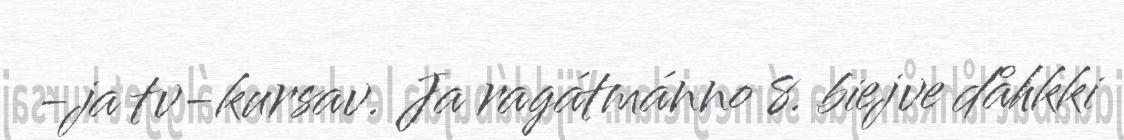
-ja tv-kursav. Ja ragátmánno 8. biejve dåhkki